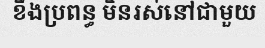
ខឹងប្រពន្ធ មិនរស់នៅជាមួយ